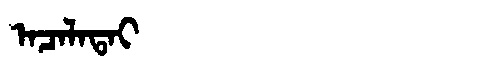
Manchu: ᠠᠴᠠᠯᠠᡨᠠᡳ
Romanization: ACALATAI